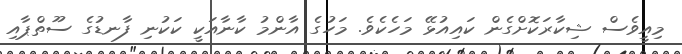
މިއީވެސް ޝިކާރަކޮށްގެން ކައިއުޅޭ މަހެކެވެ. މަހުގެ އާންމު ކާނާއަކީ ކަކުނި ފާނޑުގެ ސޫތްޕާއި